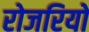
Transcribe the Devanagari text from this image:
रोजरियो